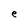
Character: e